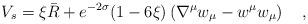
LaTeX: \begin{align*}V_s=\xi\bar{R}+e^{-2\sigma}(1-6\xi)\left(\nabla^\mu w_\mu-w^\mu w_\mu\right)~~~,\end{align*}